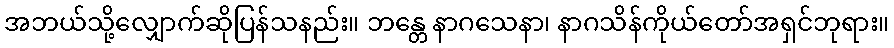
အဘယ်သို့လျှောက်ဆိုပြန်သနည်း။ ဘန္တေ နာဂသေနာ၊ နာဂသိန်ကိုယ်တော်အရှင်ဘုရား။